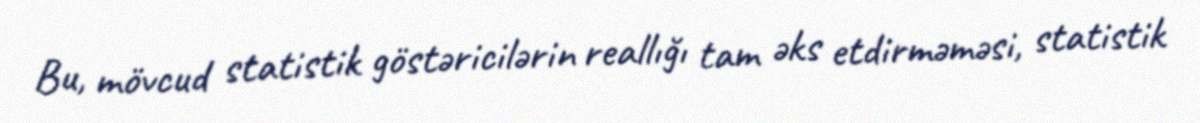
Bu, mövcud statistik göstəricilərin reallığı tam əks etdirməməsi, statistik